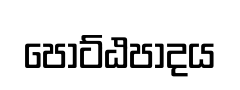
පොට්ඨපාදය